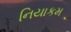
નિયાકમ